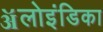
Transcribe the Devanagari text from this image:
ॲलोइंडिका